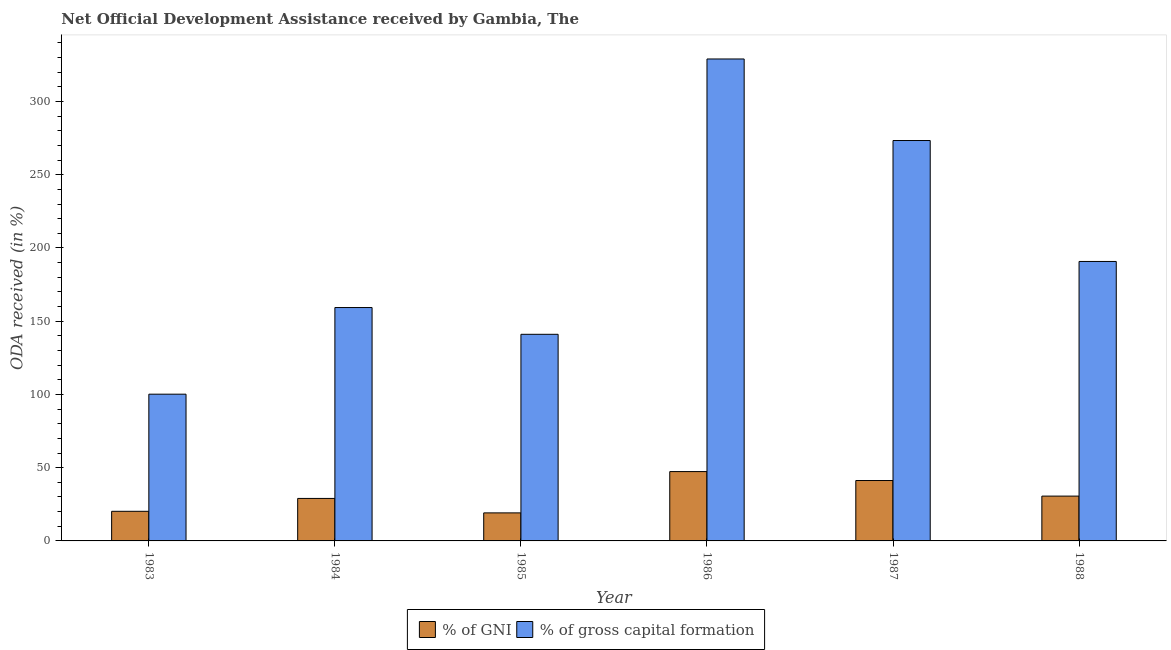
| Year | % of GNI | % of gross capital formation |
 | --- | --- | --- |
 | 1983 | 20.2 | 100 |
 | 1984 | 29 | 159 |
 | 1985 | 19.1 | 141 |
 | 1986 | 47.3 | 329 |
 | 1987 | 41.2 | 273 |
 | 1988 | 30.6 | 191 |